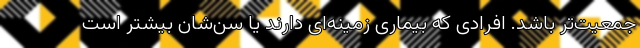
جمعیت‌تر باشد. افرادی که بیماری زمینه‌ای دارند یا سن‌شان بیشتر است